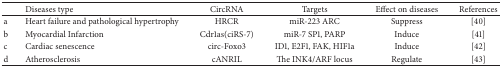
<table><thead><tr><td><b> </b></td><td><b>Diseases type</b></td><td><b>CircRNA</b></td><td><b>Targets</b></td><td><b>Effect on diseases</b></td><td><b>References</b></td></tr></thead><tbody><tr><td>a</td><td>Heart failure and pathological hypertrophy</td><td>HRCR</td><td>miR-223 ARC</td><td>Suppress</td><td>[40]</td></tr><tr><td>b</td><td>Myocardial Infarction</td><td>Cdr1as(ciRS-7)</td><td>miR-7 SP1, PARP</td><td>Induce</td><td>[41]</td></tr><tr><td>c</td><td>Cardiac senescence</td><td>circ-Foxo3</td><td>ID1, E2F1, FAK, HIF1a</td><td>Induce</td><td>[42]</td></tr><tr><td>d</td><td>Atherosclerosis</td><td>cANRIL</td><td> The INK4/ARF locus</td><td>Regulate</td><td>[43]</td></tr></tbody></table>